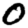
Digit: 0